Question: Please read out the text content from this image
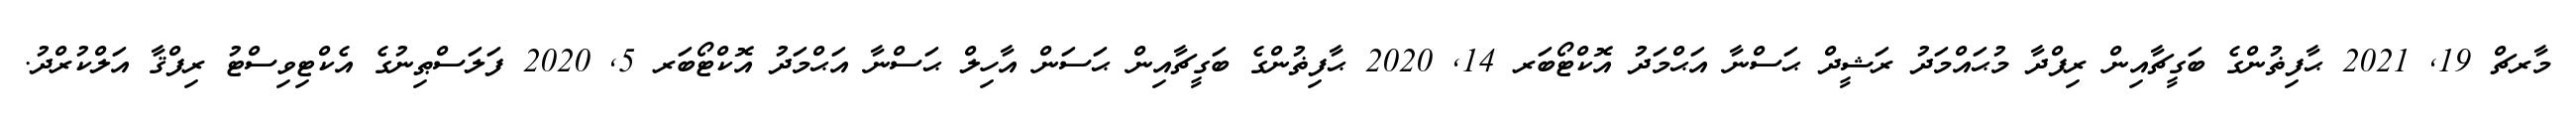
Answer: މާރޗް 19, 2021 ޙާފިޡުންގެ ބަގީޗާއިން ރިފްދާ މުޙައްމަދު ރަޝީދް ޙަސްނާ އަޙްމަދު އޮކްޓޯބަރ 14, 2020 ޙާފިޡުންގެ ބަގީޗާއިން ޙަސަން އާހިލް ޙަސްނާ އަޙްމަދު އޮކްޓޯބަރ 5, 2020 ފަލަސްޠިނުގެ އެކްޓިވިސްޓު ރިފްޤާ އަލްކުރްދު.